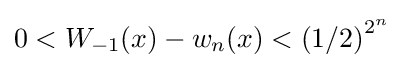
0<W_{-1}(x)-w_{n}(x)<\left(1/2\right)^{2^{n}}